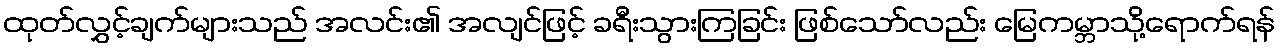
ထုတ်လွှင့်ချက်များသည် အလင်း၏ အလျင်ဖြင့် ခရီးသွားကြခြင်း ဖြစ်သော်လည်း မြေကမ္ဘာသို့ရောက်ရန်